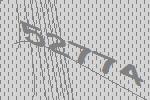
52774